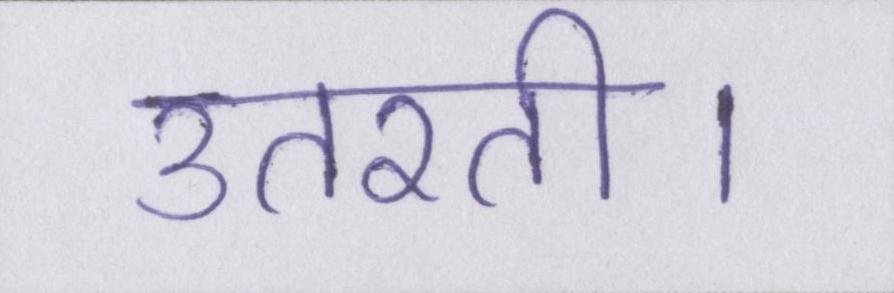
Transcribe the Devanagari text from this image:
उतरती।